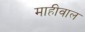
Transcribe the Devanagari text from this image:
माहीवाल